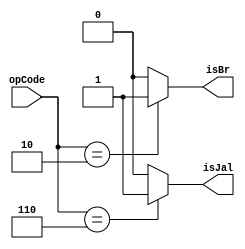
module JalCheck(opCode, isJal, isBr);
	input [3:0] opCode;
	output reg isJal, isBr;
	always @(*) begin
		if (opCode == 4'b0110) begin
			isJal = 1'b1;
		end
		else begin
			isJal = 1'b0;
		end
		if (opCode == 4'b0010) begin
			isBr = 1'b1;
		end
		else begin
			isBr = 1'b0;
		end
	end
endmodule